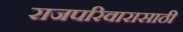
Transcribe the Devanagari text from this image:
राजपरिवारासाठी